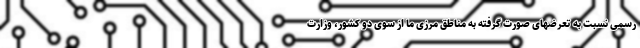
رسمی نسبت به تعرضهای صورت گرفته به مناطق مرزی ما از سوی دو کشور، وزارت